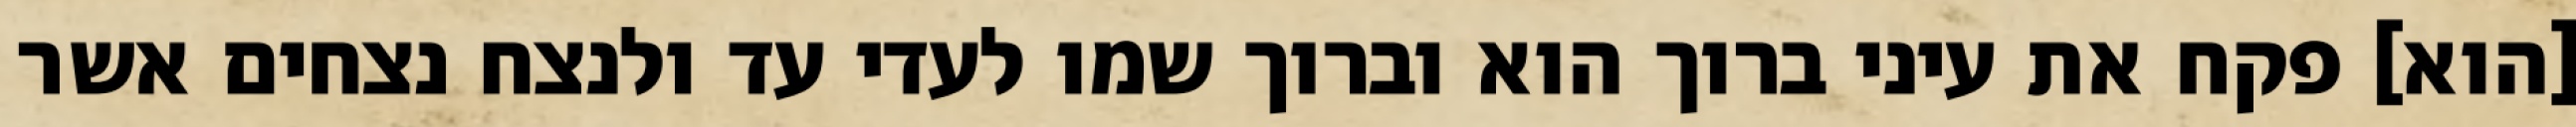
[הוא] פקח את עיני ברוך הוא וברוך שמו לעדי עד ולנצח נצחים אשר